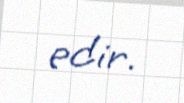
edir.